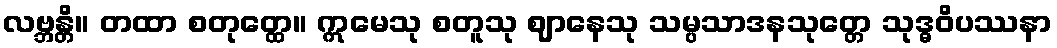
လဗ္ဘန္တိ။ တထာ စတုတ္ထေ။ ဣမေသု စတူသု ဈာနေသု သမ္ပသာဒနသုတ္တေ သုဒ္ဓဝိပဿနာ